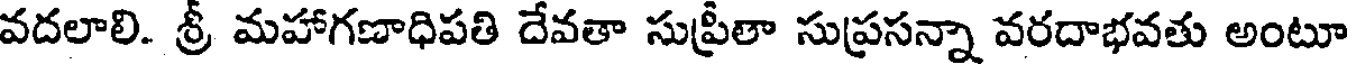
వదలాలి. శ్రీ మహాగణాధిపతి దేవతా సుప్రీతా సుప్రసన్నా వరదాభవతు అంటూ